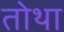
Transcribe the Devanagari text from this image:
तोथा